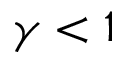
\gamma < 1